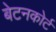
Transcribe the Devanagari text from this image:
बेटनकोर्ट